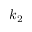
k _ { 2 }